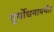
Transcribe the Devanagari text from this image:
दुर्योधनापर्यंत